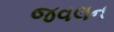
જવલન